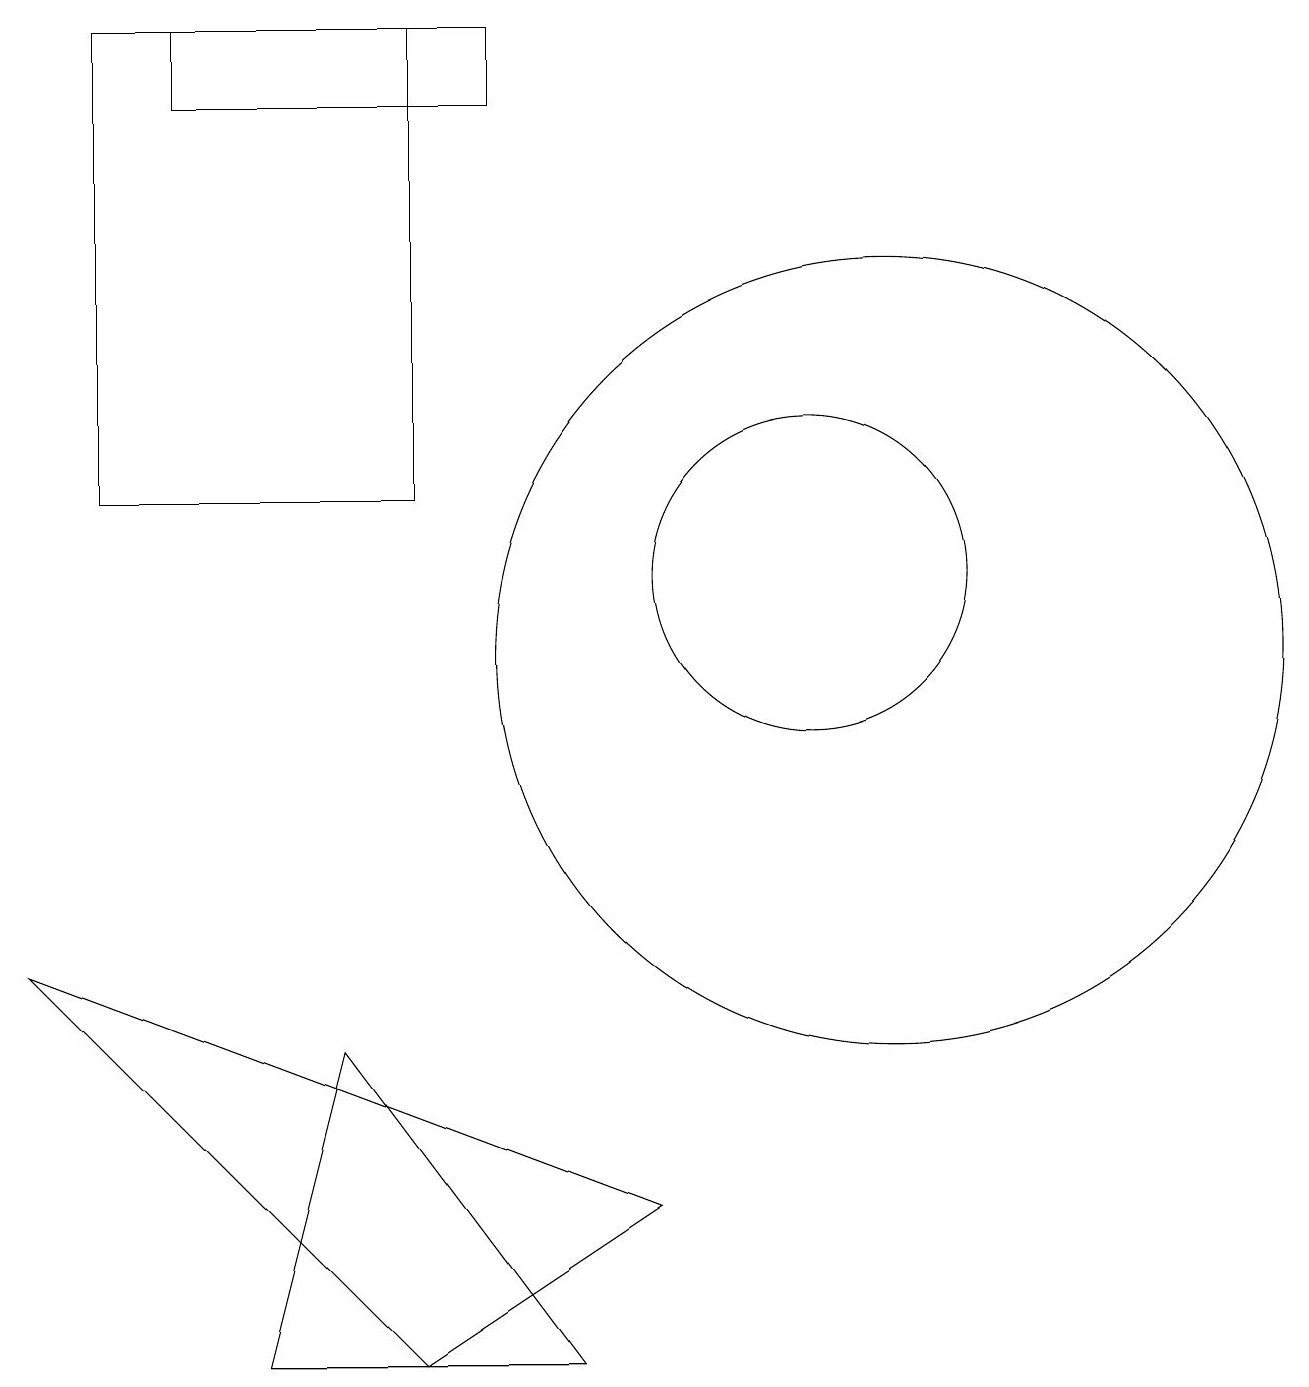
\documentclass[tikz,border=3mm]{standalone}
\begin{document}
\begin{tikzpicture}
\draw (12,10) circle (5);
\draw (11,11) circle (2);
\draw (3,17) rectangle (7,18);
\draw (5,5) -- (8,1) -- (4,1) -- cycle;
\draw (9,3) -- (1,6) -- (6,1) -- cycle;
\draw (2,18) rectangle (6,12);
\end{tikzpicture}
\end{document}